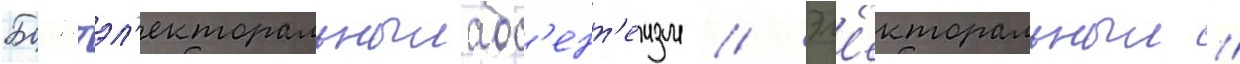
Боикотэл'екторальныиабс'ент'еизм // Эл'екторальныи //